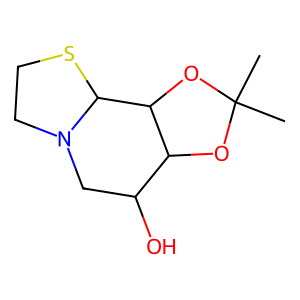
SMILES: CC1(C)OC2C(O)CN3CCSC3C2O1
Inhibits HIV replication: No